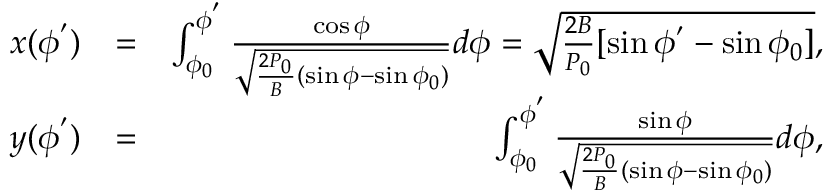
\begin{array} { r l r } { x ( \phi ^ { ' } ) } & { = } & { \int _ { \phi _ { 0 } } ^ { \phi ^ { ' } } \frac { \cos \phi } { \sqrt { \frac { 2 P _ { 0 } } { B } ( \sin \phi - \sin \phi _ { 0 } ) } } d \phi = \sqrt { \frac { 2 B } { P _ { 0 } } [ \sin \phi ^ { ' } - \sin \phi _ { 0 } ] } , } \\ { y ( \phi ^ { ' } ) } & { = } & { \int _ { \phi _ { 0 } } ^ { \phi ^ { ' } } \frac { \sin \phi } { \sqrt { \frac { 2 P _ { 0 } } { B } ( \sin \phi - \sin \phi _ { 0 } ) } } d \phi , } \end{array}